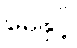
မေနှင့်